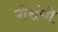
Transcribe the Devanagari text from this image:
पोरांची